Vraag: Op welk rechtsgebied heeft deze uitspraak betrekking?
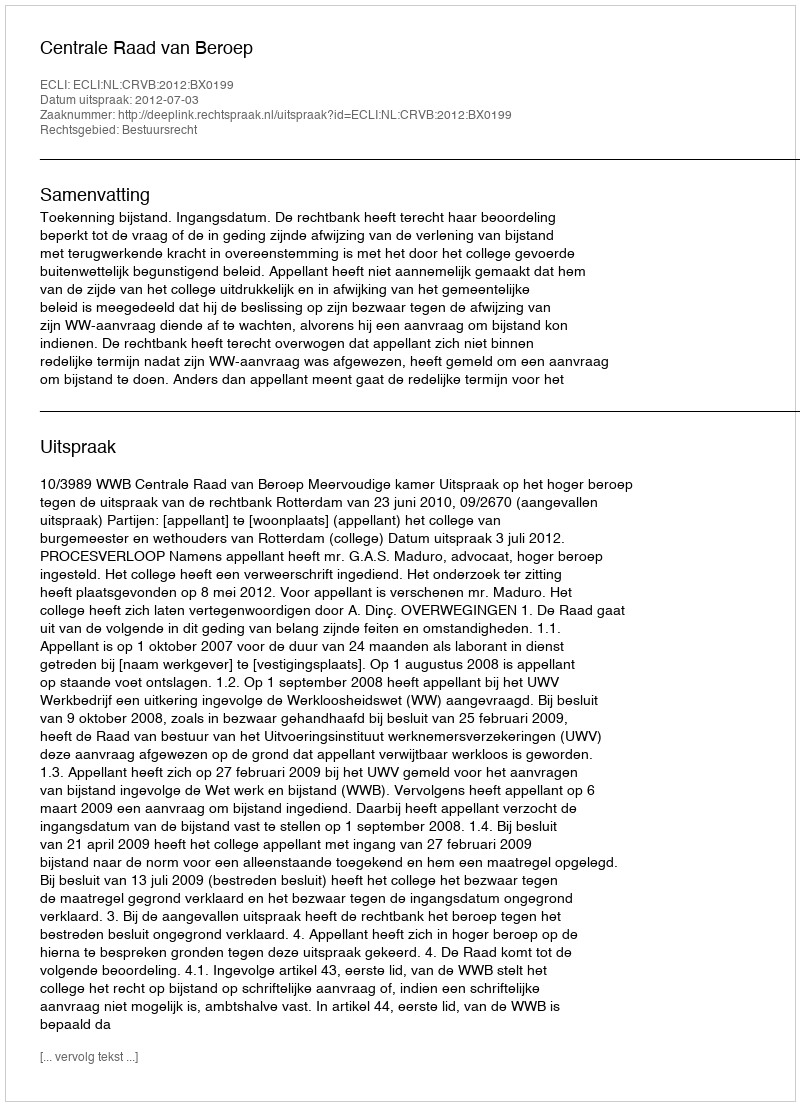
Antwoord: Bestuursrecht